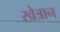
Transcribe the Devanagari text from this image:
खेत्रान